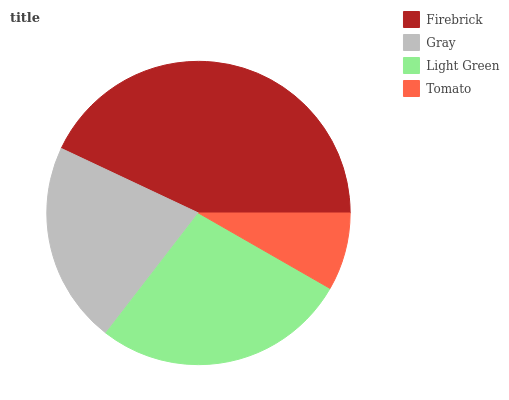
| Firebrick | Gray | Light Green | Tomato |
 | --- | --- | --- | --- |
 | 43% | 21.5% | 27.2% | 8.29% |